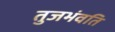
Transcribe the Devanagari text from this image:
तुजभंवति